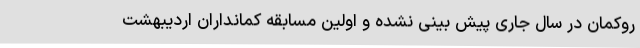
روکمان در سال جاری پیش بینی نشده و اولین مسابقه کمانداران اردیبهشت